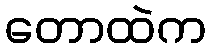
တောထဲက